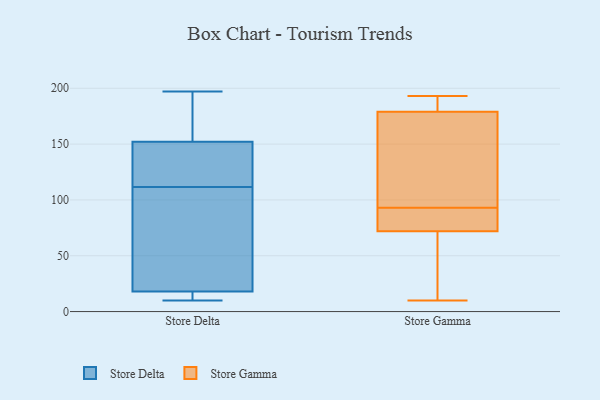
{"axis": {"x": "Budget (USD K)", "y": "Value"}, "legend": ["Store Delta", "Store Gamma"], "data": [{"x": "", "y": 10, "type": "Store Delta"}, {"x": "", "y": 152, "type": "Store Delta"}, {"x": "", "y": 111, "type": "Store Delta"}, {"x": "", "y": 152, "type": "Store Delta"}, {"x": "", "y": 10, "type": "Store Delta"}, {"x": "", "y": 174, "type": "Store Delta"}, {"x": "", "y": 197, "type": "Store Delta"}, {"x": "", "y": 112, "type": "Store Delta"}, {"x": "", "y": 84, "type": "Store Delta"}, {"x": "", "y": 18, "type": "Store Delta"}, {"x": "", "y": 19, "type": "Store Gamma"}, {"x": "", "y": 78, "type": "Store Gamma"}, {"x": "", "y": 78, "type": "Store Gamma"}, {"x": "", "y": 83, "type": "Store Gamma"}, {"x": "", "y": 191, "type": "Store Gamma"}, {"x": "", "y": 151, "type": "Store Gamma"}, {"x": "", "y": 103, "type": "Store Gamma"}, {"x": "", "y": 191, "type": "Store Gamma"}, {"x": "", "y": 193, "type": "Store Gamma"}, {"x": "", "y": 167, "type": "Store Gamma"}, {"x": "", "y": 66, "type": "Store Gamma"}, {"x": "", "y": 10, "type": "Store Gamma"}]}